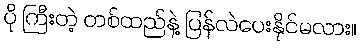
ပို ကြီးတဲ့ တစ်ထည်နဲ့ ပြန်လဲပေးနိုင်မလား။